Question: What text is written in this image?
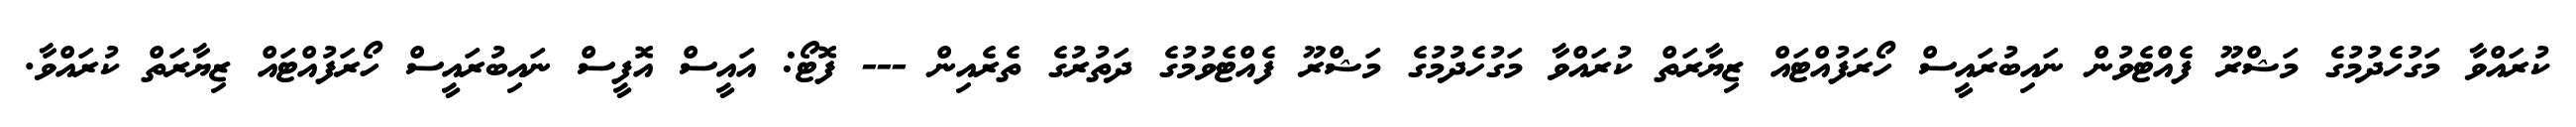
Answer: ކުރައްވާ މަގުހެދުމުގެ މަޝްރޫ ފެއްޓެވުން ނައިބުރައީސް ހޯރަފުއްޓައް ޒިޔާރަތް ކުރައްވާ މަގުހެދުމުގެ މަޝްރޫ ފެއްޓެވުމުގެ ދަތުރުގެ ތެރެއިން --- ފޮޓޯ: އައީސް އޮފީސް ނައިބުރައީސް ހޯރަފުއްޓައް ޒިޔާރަތް ކުރައްވާ.